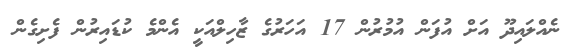
ނެއްލައިދޫ އަށް އުފަން އުމުރުން 17 އަހަރުގެ ޒާހިލްއަކީ އެންމެ ކުޑައިރުން ފެށިގެން